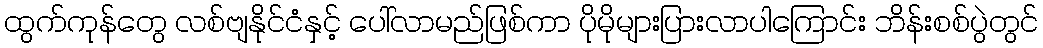
ထွက်ကုန်တွေ လစ်ဗျနိုင်ငံနှင့် ပေါ်လာမည်ဖြစ်ကာ ပိုမိုများပြားလာပါကြောင်း ဘိန်းစစ်ပွဲတွင်